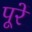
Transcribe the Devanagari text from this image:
पूरें